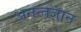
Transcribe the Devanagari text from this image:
अनन्तज्ञान